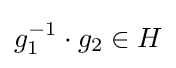
g_{1}^{-1}\cdot g_{2}\in H